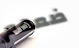
ضعهم